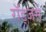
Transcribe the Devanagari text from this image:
रॉड्जर्स